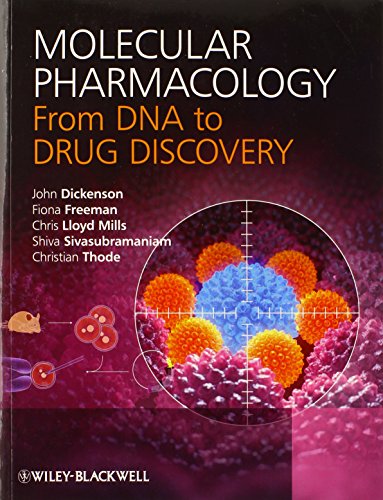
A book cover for Molecular Pharmacology: From DNA to Drug Discovery; John Dickenson; Medical Books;